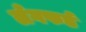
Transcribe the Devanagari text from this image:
लँगफर्ड